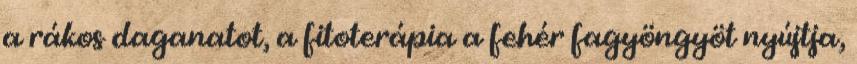
a rákos daganatot, a fitoterápia a fehér fagyöngyöt nyújtja,